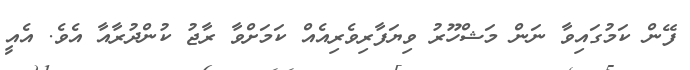
ފޭން ކަމުގައިވާ ނަން މަޝްހޫރު ވިޔަފާރިވެރިއެއް ކަމަށްވާ ރާޖު ކުންދުރާއާ އެވެ. އެއީ